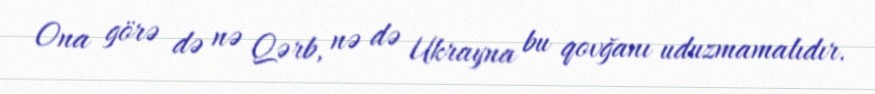
Ona görə də nə Qərb, nə də Ukrayna bu qovğanı uduzmamalıdır.